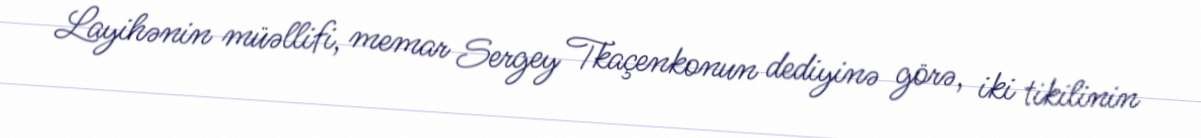
Layihənin müəllifi, memar Sergey Tkaçenkonun dediyinə görə, iki tikilinin